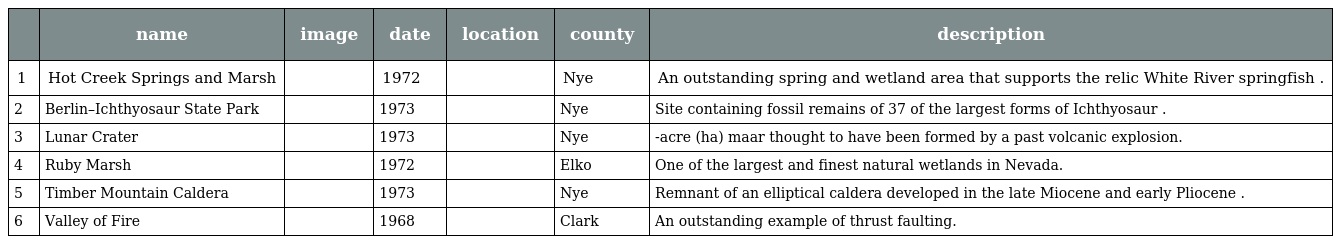
|  | name | image | date | location | county | description |
 | --- | --- | --- | --- | --- | --- | --- |
 | 1 | Hot Creek Springs and Marsh |  | 1972 |  | Nye | An outstanding spring and wetland area that supports the relic White River springfish . |
 | 2 | Berlin–Ichthyosaur State Park |  | 1973 |  | Nye | Site containing fossil remains of 37 of the largest forms of Ichthyosaur . |
 | 3 | Lunar Crater |  | 1973 |  | Nye | -acre (ha) maar thought to have been formed by a past volcanic explosion. |
 | 4 | Ruby Marsh |  | 1972 |  | Elko | One of the largest and finest natural wetlands in Nevada. |
 | 5 | Timber Mountain Caldera |  | 1973 |  | Nye | Remnant of an elliptical caldera developed in the late Miocene and early Pliocene . |
 | 6 | Valley of Fire |  | 1968 |  | Clark | An outstanding example of thrust faulting. |